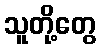
သူတို့တွေ